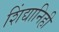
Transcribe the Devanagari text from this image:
शिंद्यानिही